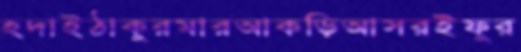
হদাইঠাকুরমারআকড়িআসরইফুর